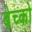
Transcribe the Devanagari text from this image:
ब्रेच्को